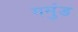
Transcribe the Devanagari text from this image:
गमुंड